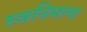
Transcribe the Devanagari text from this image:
स्वनिमत्व